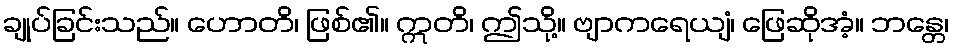
ချုပ်ခြင်းသည်။ ဟောတိ၊ ဖြစ်၏။ ဣတိ၊ ဤသို့။ ဗျာကရေယျံ၊ ဖြေဆိုအံ့။ ဘန္တေ၊